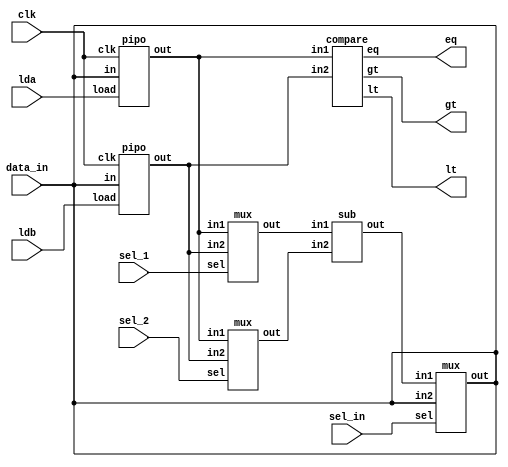
`timescale 10ns/1ns
module GCD ( gt, lt, eq, lda, ldb, sel_1, sel_2, sel_in, data_in, clk);

input lda, ldb, sel_1, sel_2, sel_in, clk;
input [15:0] data_in;
output gt, lt, eq;
wire [15:0] aout, Bout, x, y, bus, subout;
assign bus = data_in;

pipo a (aout, bus, lda,clk);
pipo b (Bout, bus, ldb,clk);
mux mux_1  (x, aout, Bout, sel_1);
mux mux_2 (y, aout, Bout, sel_2);
mux mux_load (bus, subout, data_in, sel_in);
sub sb (subout, x, y );
compare comp(gt, lt, eq, aout, Bout);

endmodule
 

// Path: mux.v
`timescale 10ns/1ns
module mux (out, in1, in2, sel);

input [15:0] in1, in2;
input sel;
output [15:0] out;
assign out = sel ? in1 : in2;

endmodule


// Path: pipo_1.v
`timescale 10ns/1ns
module pipo (out, in, load, clk);

input [15:0] in;
input load, clk;
output reg [15:0] out;
always @(posedge clk)
begin
if (load)
out <= in;
end

endmodule

// Path: sub.v
`timescale 10ns/1ns
module sub (out, in1, in2);

input [15:0] in1, in2;
output reg [15:0]  out;
always @(*)
      out = in1 - in2;

endmodule


// Path: compare.v
`timescale 10ns/1ns
module compare (gt, lt, eq, in1, in2);

input [15:0] in1, in2;
output gt, lt, eq;
assign gt = (in1 > in2);
assign lt = (in1 < in2);
assign eq = (in1 == in2);

endmodule